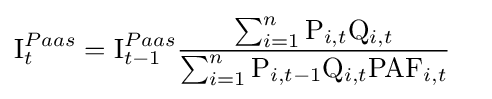
{\begin{aligned}\mathrm {I} _{t}^{Paas}&=\mathrm {I} _{t-1}^{Paas}{\frac {\sum _{i=1}^{n}\mathrm {P} _{i,t}\mathrm {Q} _{i,t}}{\sum _{i=1}^{n}\mathrm {P} _{i,t-1}\mathrm {Q} _{i,t}\mathrm {PAF} _{i,t}}}\end{aligned}}